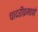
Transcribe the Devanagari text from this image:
चादरीप्रमाणे